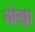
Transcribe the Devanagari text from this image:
धोख़ा